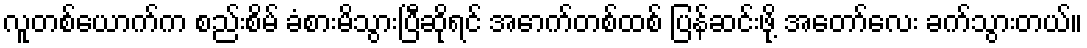
လူတစ်ယောက်က စည်းစိမ် ခံစားမိသွားပြီဆိုရင် အောက်တစ်ထစ် ပြန်ဆင်းဖို့ အတော်လေး ခက်သွားတယ်။